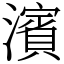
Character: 濱